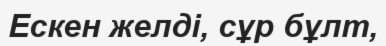
Ескен желдi, сұр бұлт,